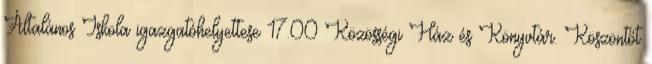
Általános Iskola igazgatóhelyettese 17.00 Közösségi Ház és Könyvtár. Köszöntőt